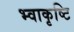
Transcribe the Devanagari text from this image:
भ्वाकृष्टि